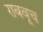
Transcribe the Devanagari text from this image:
राबवूच